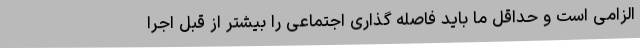
الزامی است و حداقل ما باید فاصله گذاری اجتماعی را بیشتر از قبل اجرا